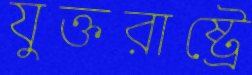
যুক্তরাষ্ট্রে